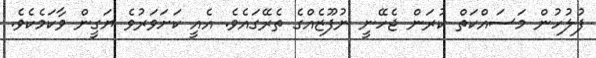
ފުލުހުން މަސައްކަތް ކުރަން ޖެހޭނީ ނުފޫޒެއްގެ ތެރޭގައެވެ. އެއީ ކަށަވަރުވެ ޔަގީން ވާކަމެކެވެ.